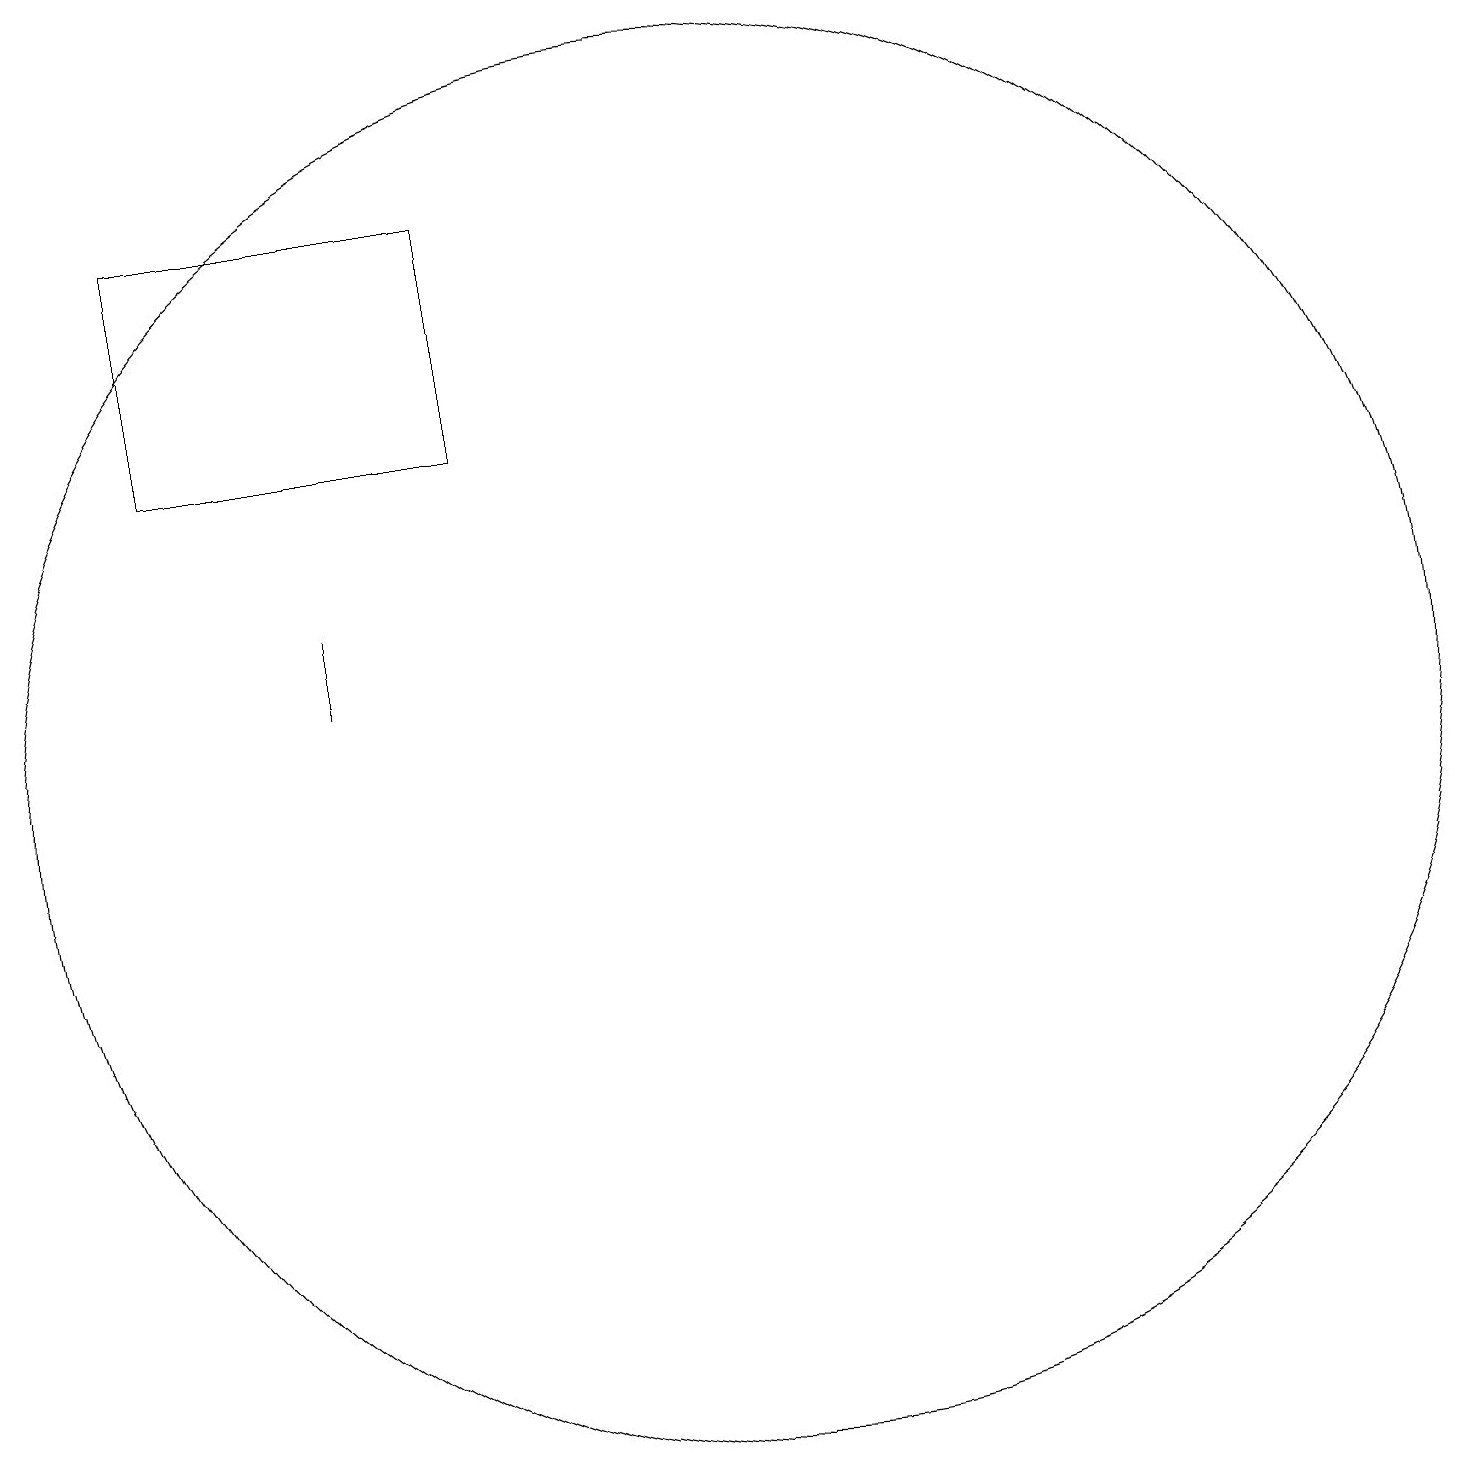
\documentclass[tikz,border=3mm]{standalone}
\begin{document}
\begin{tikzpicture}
\draw (4,18) rectangle (8,15);
\draw (11,11) circle (9);
\draw (6,12) rectangle (6,13);
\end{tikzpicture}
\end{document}